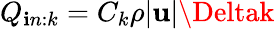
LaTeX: Q_{\mathbf{i}n:k}=C_{k}\rho|\mathbf{{u}}|\Deltak